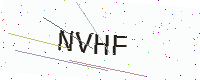
Text: NVHF